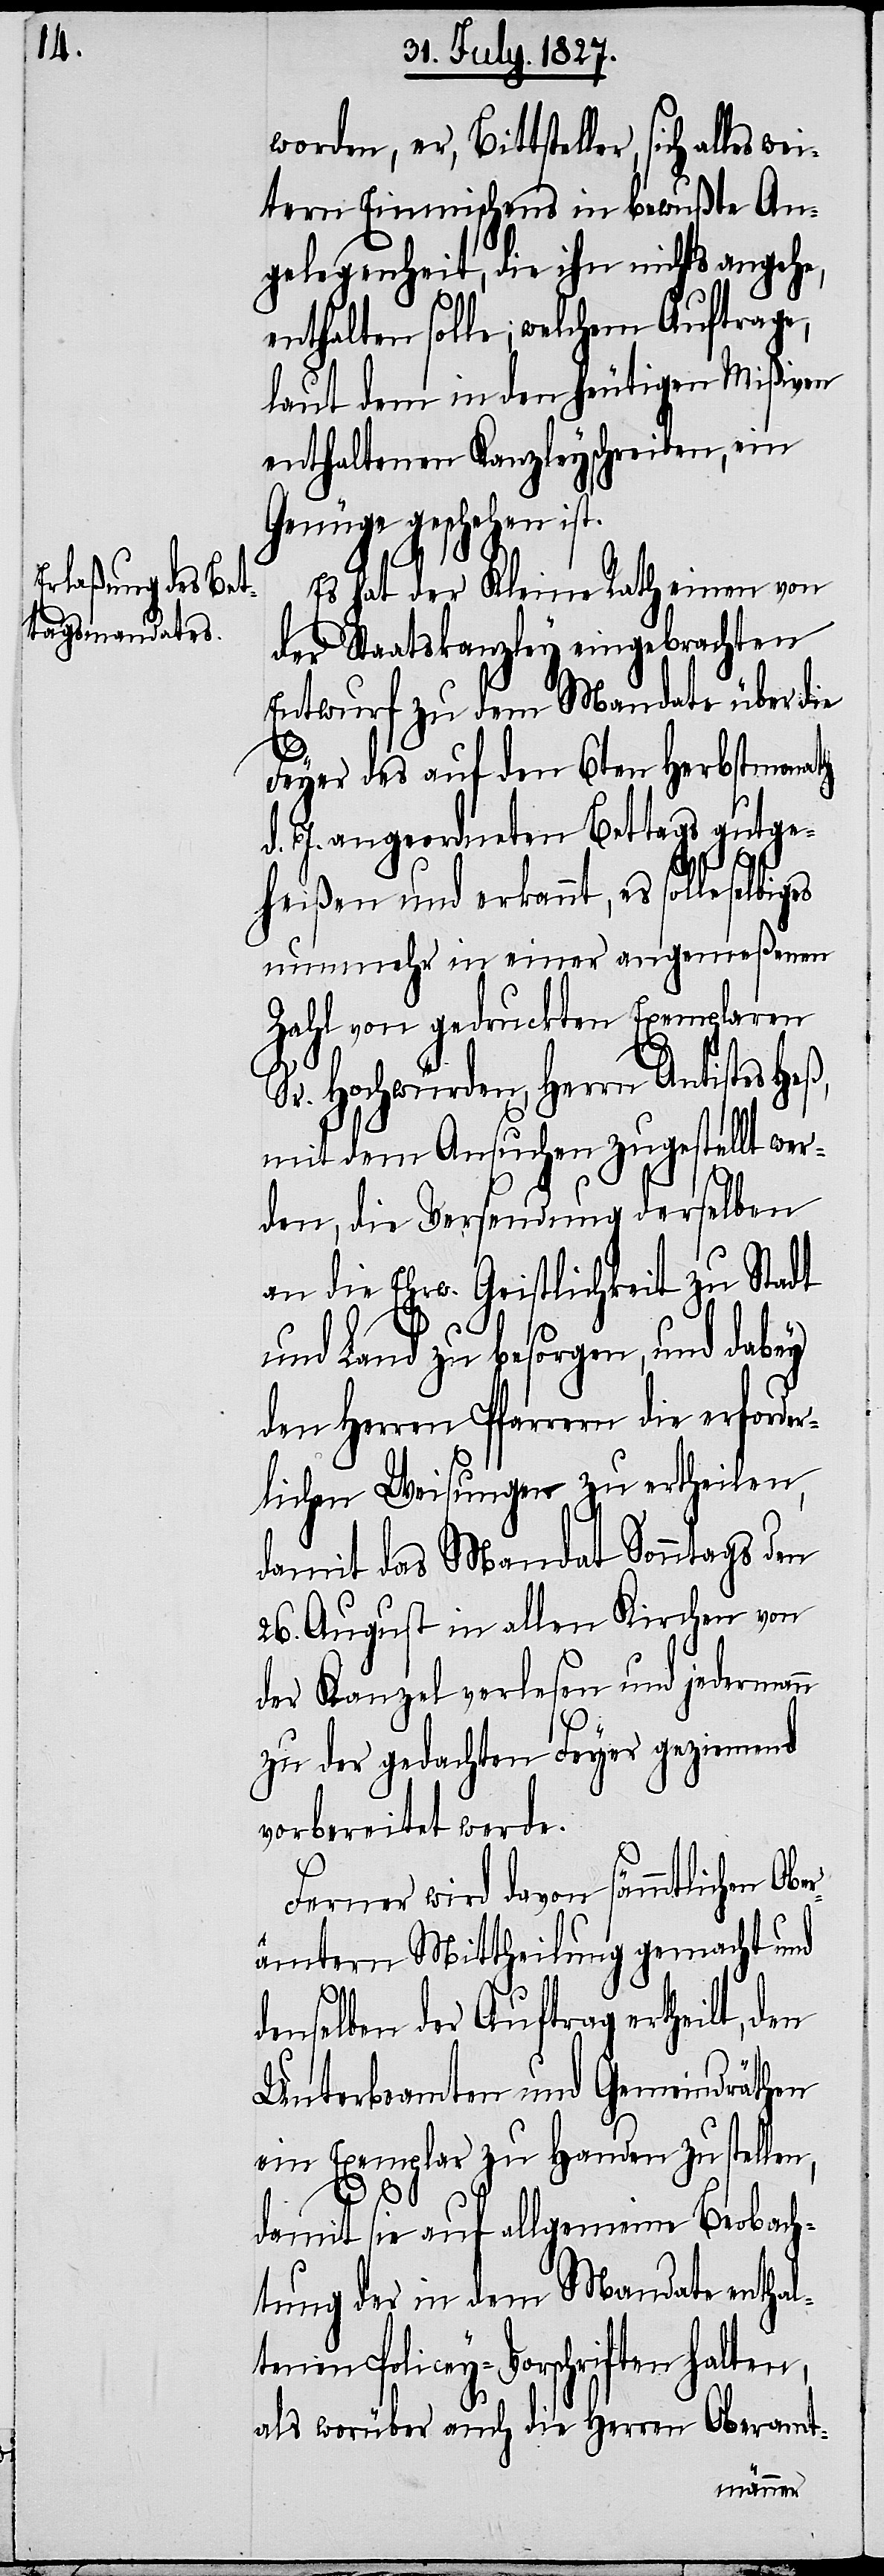
worden, er, Bittsteller, sich alle¬
tern Einmischens in bewußte An¬
gelegenheit, die ihn nichts angehe,
enthalten solle; welchem Auftrage,
laut dem in den heutigen Mißiven
enthaltenen Kanzleyschreiben, ein
Genüge geschehen ist.
Es hat der Kleine Rath einen von
der Staatskanzley eingebrachten
Entwurf zu dem Mandate über die
Feyer des auf den 6ten Herbstmonath
d. J. angeordneten Bettags gutge¬
heißen und erkannt, es solle
nunmehr in einer angemeßenen
Zahl von gedruckten Exemplaren
Sr. Hochwürden, Herrn Antistes Heß,
mit dem Ansuchen zugestellt wer¬
den, die Versendung derselben
an die Ehrw. Geistlichkeit zu Stadt
und Land zu besorgen, und dabey
den Herren Pfarrern die erforder¬
lichen Weisungen zu ertheilen,
damit das Mandat Sonntags den
26. August in allen Kirchen von
der Kanzel verlesen und jedermann
zu der gedachten Feyer geziemend
vorbereitet werde.
Ferner wird davon sämmtlichen Obe¬
rämtern Mittheilung gemacht und
wei¬
denselben der Auftrag ertheilt, den
Unterbeamten und Gemeindräthen
ein Exemplar zu Handen zu stellen,
damit sie auf allgemeine Beobach¬
tung der in dem Mandate enthal¬
tenen Policey-Vorschriften halten,
als worüber auch die Herren Oberamt-